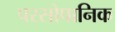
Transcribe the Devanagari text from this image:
परसोपानिक